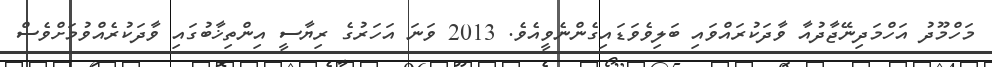
މަހްމޫދު އަހްމަދިނޭޖާދުއާ ވާދަކުރައްވައި ބަލިވެވަޑައިގެންނެވީއެވެ. 2013 ވަނަ އަހަރުގެ ރިޔާސީ އިންތިޚާބުގައި ވާދަކުރެއްވުމަށްވެސް